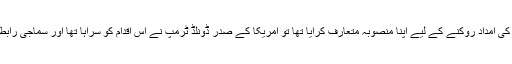
خیال رہے کہ رواں ماہ کے آغاز میں جب امریکی سینیٹر نے پاکستان کی امداد روکنے کے لیے اپنا منصوبہ متعارف کرایا تھا تو امریکا کے صدر ڈونلڈ ٹرمپ نے اس اقدام کو سراہا تھا اور سماجی رابطے کی ویب سائٹ پر اپنے پیغام میں رینڈ پال کو شاباشی بھی دی تھی۔